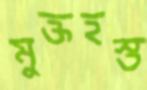
মুক্তহস্ত